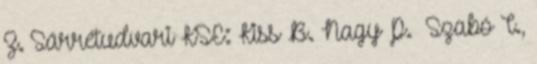
Z. Sárrétudvari KSE: Kiss B. Nagy P. –Szabó T.,